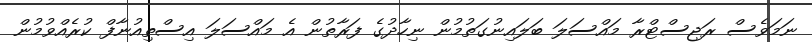
ނަމަވެސް ރަޖިސްޓްރާ މައްސަލަ ބަލައިނުގަތުމުން ނިހާދުގެ ފަރާތުން އެ މައްސަލަ އިސްތިއުނާފް ކުރެއްވުމުން